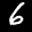
Label: 6